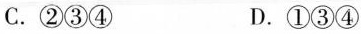
C.②③④ D.①③④